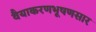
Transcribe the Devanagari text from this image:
वैयाकरणभूषणसार